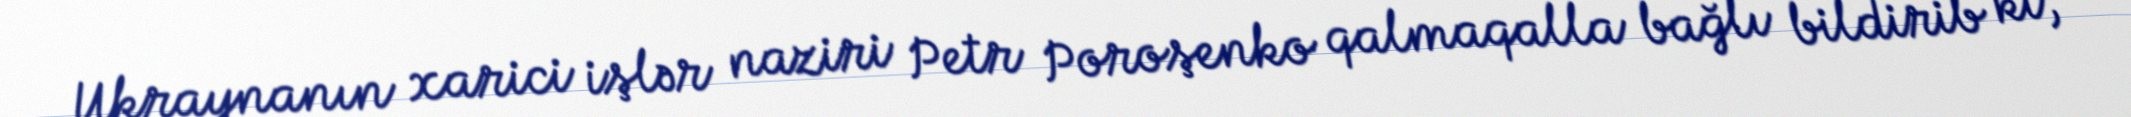
Ukraynanın xarici işlər naziri Petr Poroşenko qalmaqalla bağlı bildirib ki,